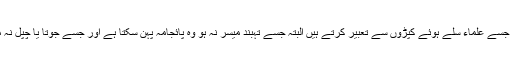
[4] سلے ہوئے کپڑے پہننا:حدیث میں مذکورکپڑے پہننا جسے علماء سلے ہوئے کپڑوں سے تعبیر کرتے ہیں البتہ جسے تہبند میسر نہ ہو وہ پائجامہ پہن سکتا ہے اور جسے جوتا یا چپل نہ ملے وہ موزہ پہن سکتا ہے یہ حکم مردوں کے لئے ہے ۔